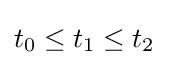
t_{0}\leq t_{1}\leq t_{2}